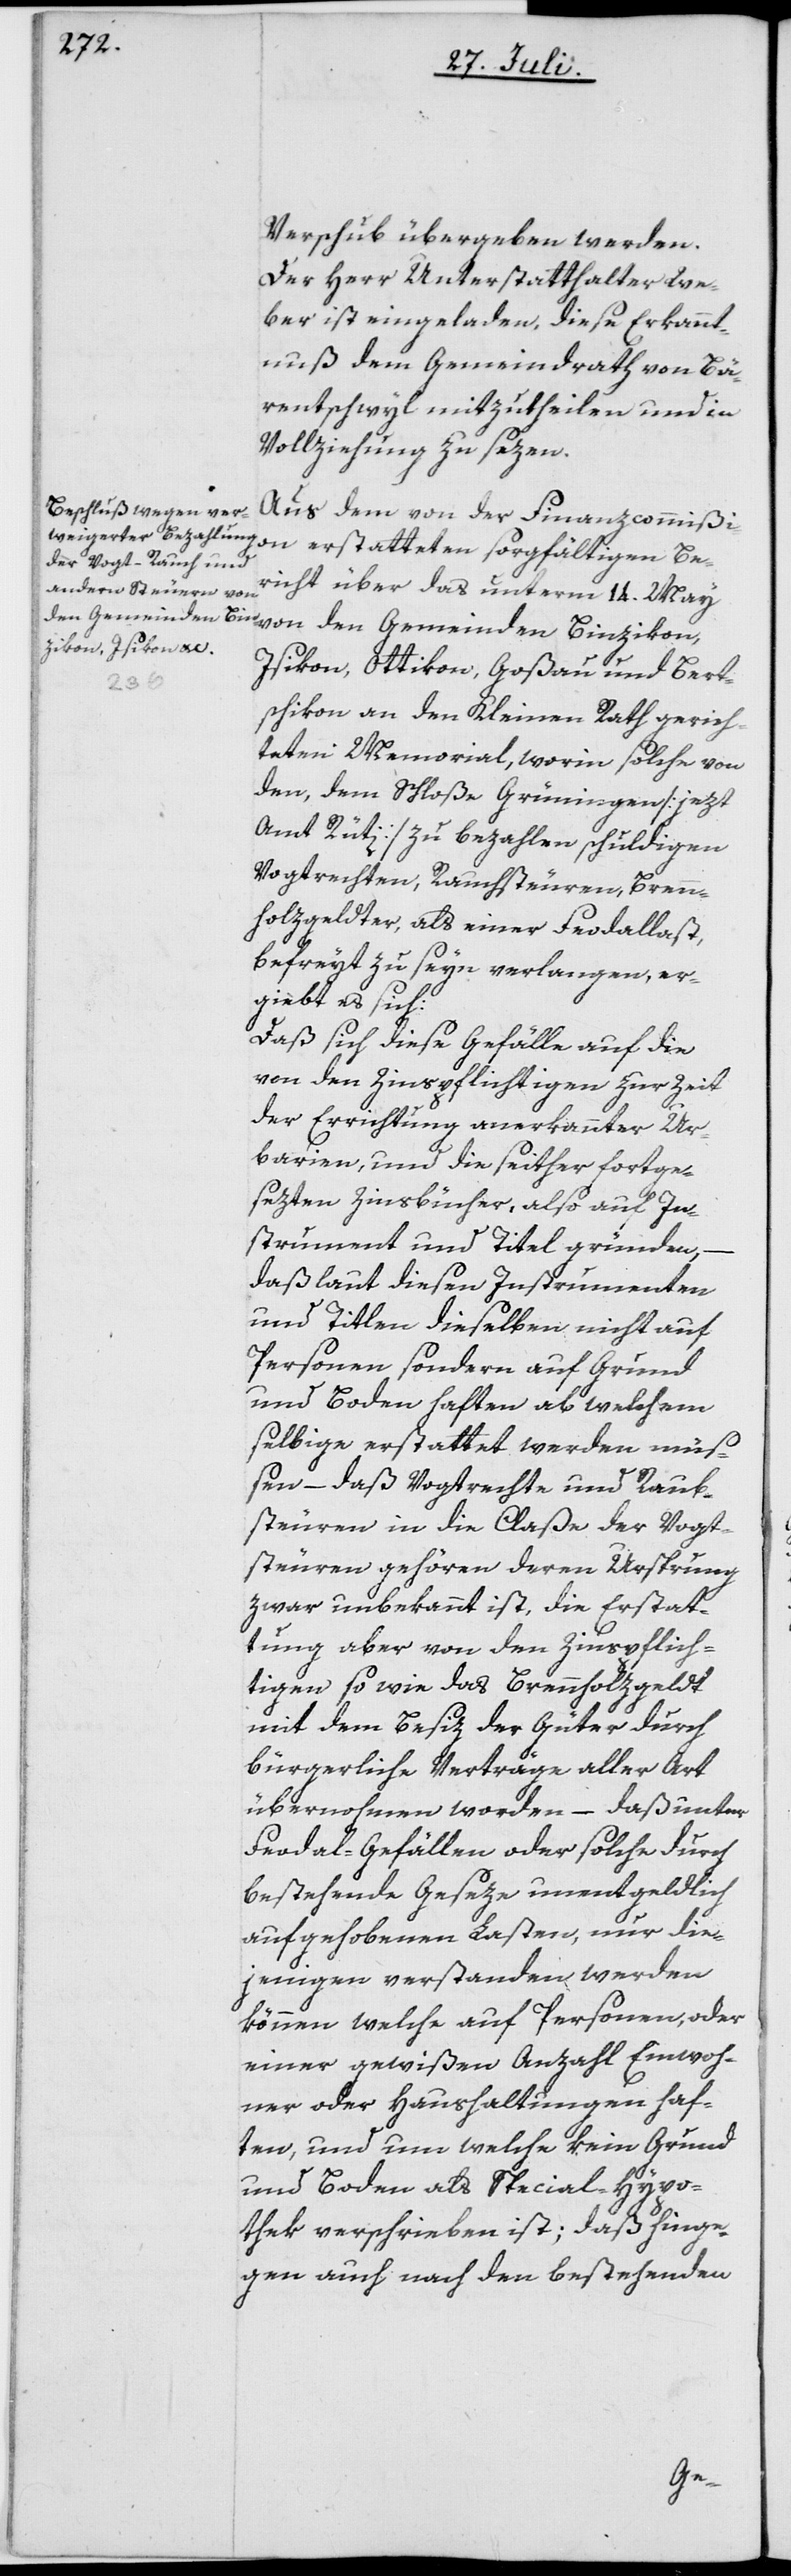
Verschub übergeben werden.
Der Herr Unterstatthalter We¬
ber ist eingeladen, diese Erkannt¬
nuß dem Gemeindrath von Bä¬
rentschwyl mitzutheilen und in
Vollziehung zu sezen.
Aus dem von der Finanzcommißion
richt über das unterm 14. May
von den Gemeinden Binzikon,
Isikon, Ottikon, Goßau und Bert¬
schikon an den Kleinen Rath gerich¬
teten Memorial, worin solche von
den, dem Schloße Grüningen [jezt
Amt Rüti] zu bezahlen schuldigen
Vogtrechten, Rauchsteuren, Brenn¬
holzgeldter, als einer Feodallast
befreyt zu seyn verlangen, er¬
giebt es sich:
Daß sich diese Gefälle auf die
von den Zinspflichtigen zur Zeit
der Errichtung anerkannter Ur¬
barien, und die seither fortge¬
sezten Zinsbücher, also auf In¬
strument und Titel gründen,
daß laut diesen Instrumenten
und Titlen dieselben nicht auf
Personen sondern auf Grund
und Boden haften ab welchem
selbige erstattet werden müß¬
en – daß Vogtrechte und Raub¬
steuren [sic!] in die Claße der Vogt¬
steuren gehören deren Ursprung
zwar unbekannt ist, die Erstat¬
tung aber von den Zinspflich¬
tigen so wie das Brennholzgeldt
mit dem Besiz der Güter durch
bürgerliche Verträge aller Art
übernohmen worden – daß unter
Feodal-Gefällen oder solche durch
bestehende Geseze unentgeldlich
aufgehobenen Lasten, nur die¬
jenigen verstanden werden
können welche auf Personen, oder
einer gewißen Anzahl Einwoh¬
ner oder Haushaltungen haf¬
ten, und um welche kein Grund
und Boden als Special-Hypo¬
thek verschrieben ist; daß hinge¬
gen auch nach den bestehenden
Be¬